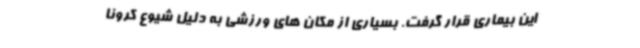
این بیماری قرار گرفت. بسیاری از مکان های ورزشی به دلیل شیوع کرونا